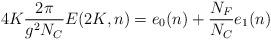
LaTeX: \begin{align*}4K \frac{2\pi}{g^2 N_C } E(2K,n) = e_0 (n) + \frac{N_F }{N_C } e_1 (n)\end{align*}